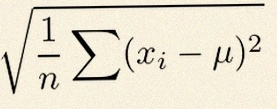
\sigma=\sqrt{\frac1n\sum(x_i-\mu)^2}